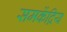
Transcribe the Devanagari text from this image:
समकेंद्रिय